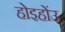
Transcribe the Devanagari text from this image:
होइहोंउ